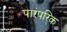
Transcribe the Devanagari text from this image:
पारंपरि्क